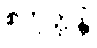
စတုတ္ထန္တိ